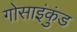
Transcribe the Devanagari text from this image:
गोसाइंकुंड